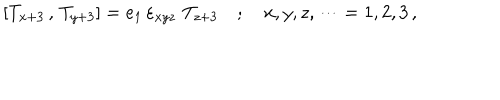
\left[ T _ { x + 3 } \, , \, T _ { y + 3 } \right] = e _ { 1 } \, \varepsilon _ { x y z } \, \, T _ { z + 3 } \quad ; \quad x , y , z , \dots = 1 , 2 , 3 \, ,